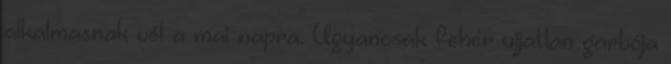
alkalmasnak vél a mai napra. Ugyancsak fehér ujjatlan garbója